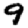
Digit: 9